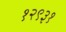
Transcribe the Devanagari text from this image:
१२९३१